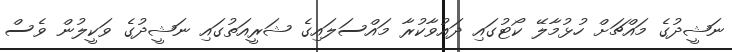
ނަޝީދުގެ މައްޗަށް ހުޅުމާލޭ ކޯޓުގައި ދައުވާކުރާ މައްސަލައިގެ ޝަރީއަތުގައި ނަޝީދުގެ ވަކީލުން ވެސް